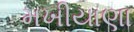
મખીયાણા